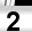
Digit: 2